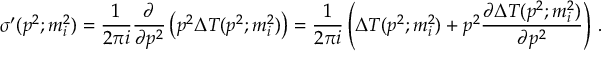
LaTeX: \sigma ^ { \prime } ( p ^ { 2 } ; m _ { i } ^ { 2 } ) = \frac { 1 } { 2 \pi i } \frac { \partial } { \partial p ^ { 2 } } \left( p ^ { 2 } \Delta T ( p ^ { 2 } ; m _ { i } ^ { 2 } ) \right) = \frac { 1 } { 2 \pi i } \left( \Delta T ( p ^ { 2 } ; m _ { i } ^ { 2 } ) + p ^ { 2 } \frac { \partial \Delta T ( p ^ { 2 } ; m _ { i } ^ { 2 } ) } { \partial p ^ { 2 } } \right) \, .